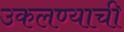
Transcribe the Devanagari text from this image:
उकलण्याची